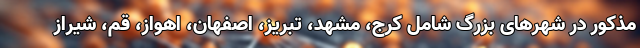
مذکور در شهرهای بزرگ شامل کرج، مشهد، تبریز، اصفهان، اهواز، قم، شیراز